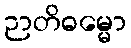
ဉာတိဓမ္မော